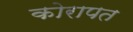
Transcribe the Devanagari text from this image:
कोरापत